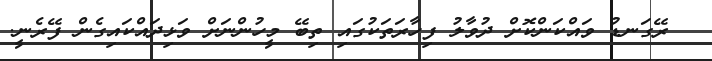
ރޭގަނޑު ވައްކަންކޮށް ދުވާލު ފިހާރަތަކުގައި ތިބޭ މީހުންނަށް ވަޅިދައްކައިގެން ފޭރެނީ.